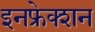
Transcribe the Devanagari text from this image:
इनफ्रेक्शन